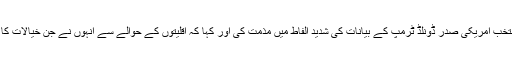
انہوں نے بل پر بحث کے دوران نو منتخب امریکی صدر ڈونلڈ ٹرمپ کے بیانات کی شدید الفاط میں مذمت کی اور کہا کہ اقلیتوں کے حوالے سے انہوں نے جن خیالات کا اظہار کیا ہے ، وہ باعث تشویش ہے ۔